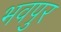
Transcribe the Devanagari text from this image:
भवपुर